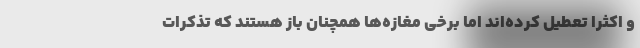
و اکثرا تعطیل کرده‌اند اما برخی مغازه‌ها همچنان باز هستند که تذکرات